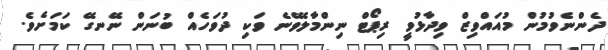
ދެންނެވުމުން މުއައްވިޒް ވިދާޅުވީ ރިޕޯޓް ނިންމާލެވޭނެ ވަކި ދުވަހެއް ބުނަން ނޭނގޭ ކަމަށެވެ.